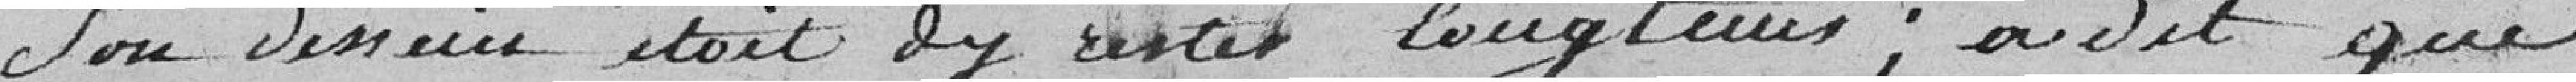
son dessein était d'y rester longtemps; a dit que